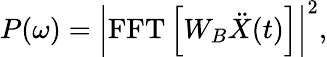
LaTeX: P(\omega)=\left|\mathrm{FFT}\left[W_{B}\ddot{X}(t)\right]\right|^{2},